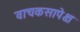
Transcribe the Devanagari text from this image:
वाचकसापेक्ष